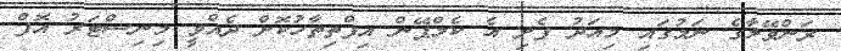
ރަންވޭލާގެ ނަމުގައި މިއަދު ފެށި އެ ކެމްޕޭން އިފްތިތާހުކޮށް ދެއްވީ މިނިސްޓަރު އޮފް